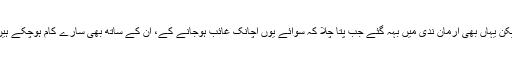
لیکن یہاں بھی ارمان ندی میں بہہ گئے جب پتا چلا کہ سوائے یوں اچانک غائب ہوجانے کے، ان کے ساتھ بھی سارے کام ہوچکے ہیں۔